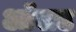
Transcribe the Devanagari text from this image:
आॅलड